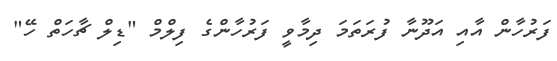
ފަރުހާން އާއި އަދޫނާ ފުރަތަމަ ދިމާވީ ފަރުހާންގެ ފިލްމް "ޑިލް ޗާހަތް ހޭ"